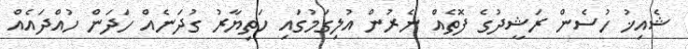
ޝެއިޚު ހުސެން ރަޝީދުގެ ފޮތެއް ނެރުން އުލިގަމުގައި ހަތިޔާރު ގުދަނެއް ހަދަން ހުއްދައެއް